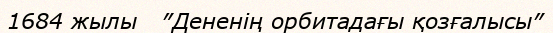
1684 жылы   ″Дененің орбитадағы қозғалысы″